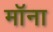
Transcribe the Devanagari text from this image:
मॉना